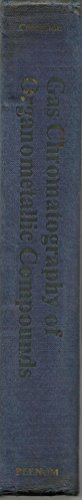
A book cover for Gas Chromatography of Organometallic Compounds; T. R. Crompton; Science & Math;